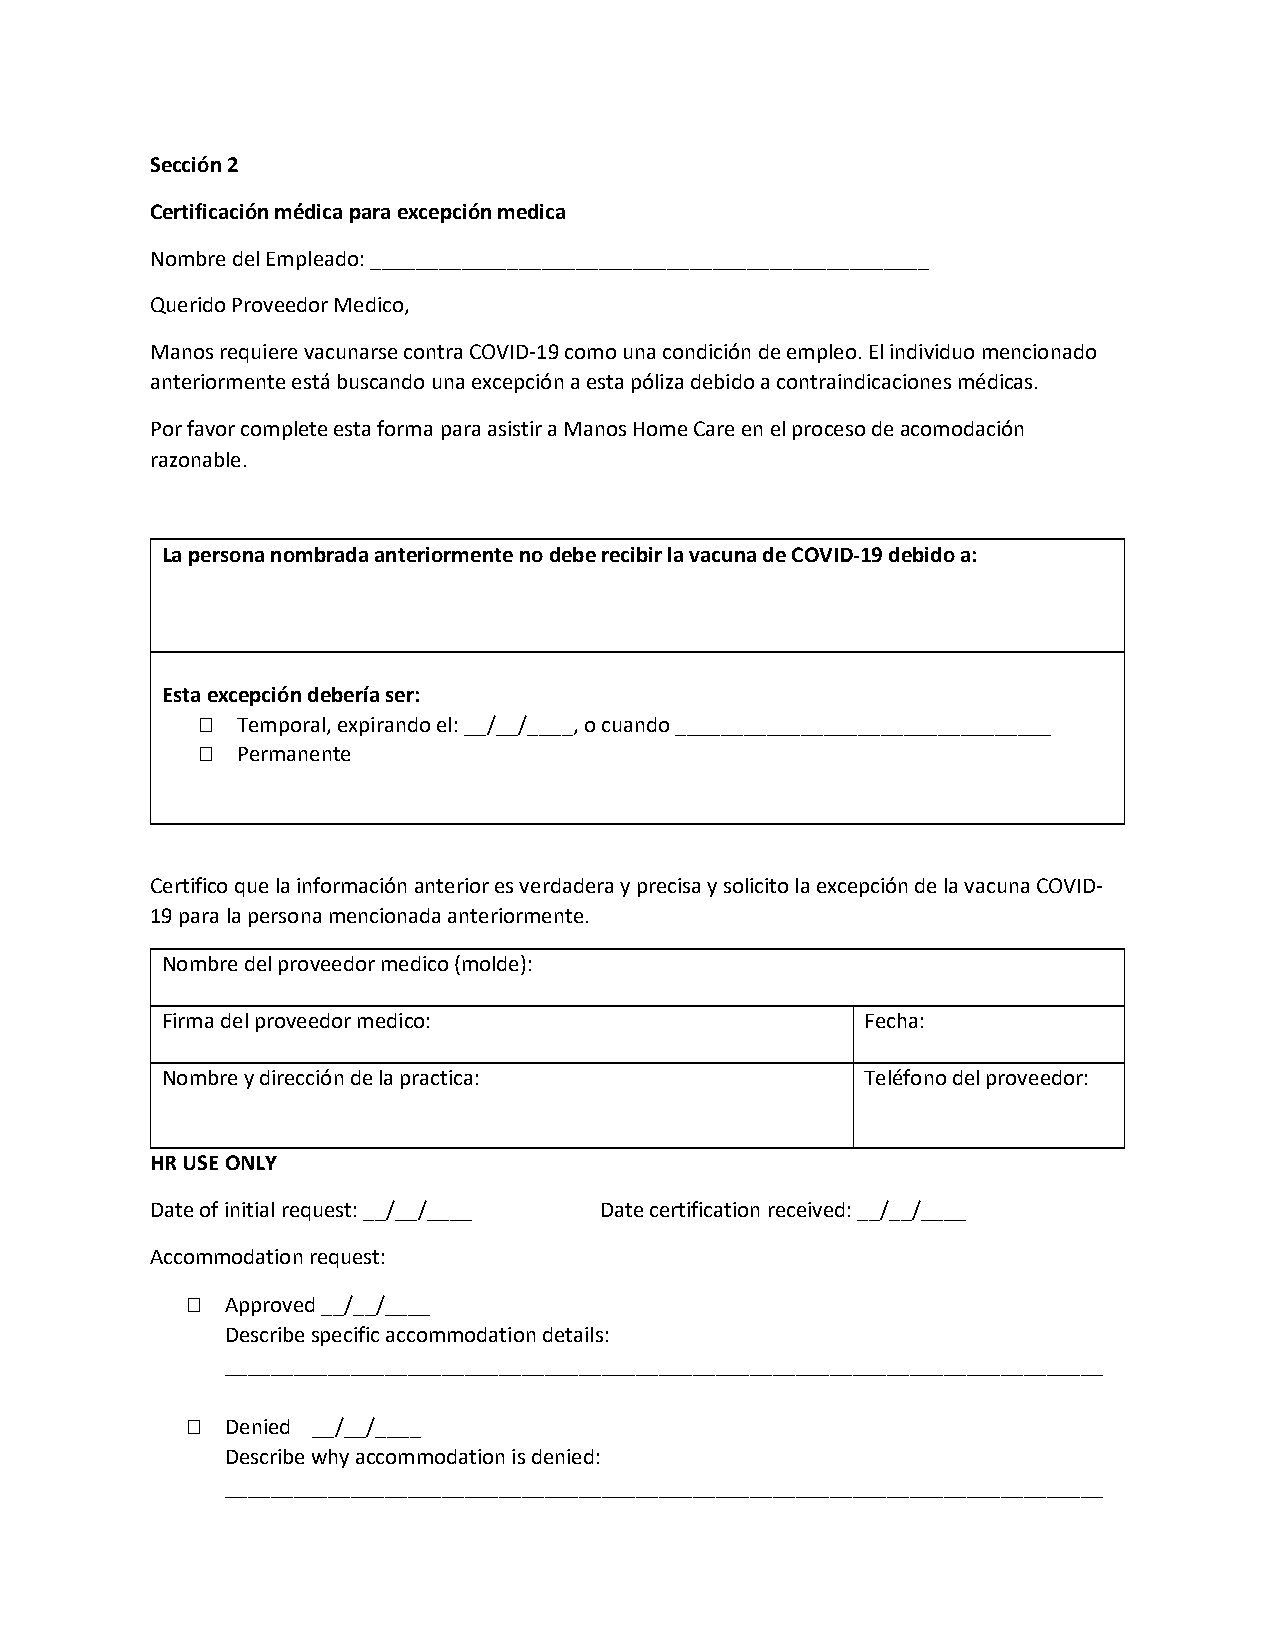
Sección 2
 Certificación médica para excepción medica
 Nombre del Empleado: _________________________________________________
 Querido Proveedor Medico,
 Manos requiere vacunarse contra COVID-19 como una condición de empleo. El individuo mencionado
 anteriormente está buscando una excepción a esta póliza debido a contraindicaciones médicas.
 Por favor complete esta forma para asistir a Manos Home Care en el proceso de acomodación
 razonable.
 La persona nombrada anteriormente no debe recibir la vacuna de COVID-19 debido a:
 Esta excepción debería ser:
   Temporal, expirando el: __/__/____, o cuando _________________________________
   Permanente
 Certifico que la información anterior es verdadera y precisa y solicito la excepción de la vacuna COVID-
 19 para la persona mencionada anteriormente.
 Nombre del proveedor medico (molde):
 Firma del proveedor medico:                   Fecha:
 Nombre y dirección de la practica:            Teléfono del proveedor:
 HR USE ONLY
 Date of initial request: __/__/____ Date certification received: __/__/____
 Accommodation request:
   Approved __/__/____
 Describe specific accommodation details:
 _____________________________________________________________________________
   Denied __/__/____
 Describe why accommodation is denied:
 _____________________________________________________________________________